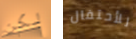
لكن للأحتفال